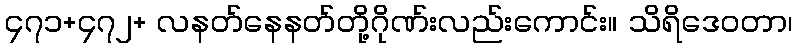
၄၇၁+၄၇၂+ လနတ်နေနတ်တို့ဂိုဏ်းလည်းကောင်း။ သိရိဒေဝတာ၊